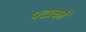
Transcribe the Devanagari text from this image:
पटाकों